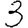
Digit: 3